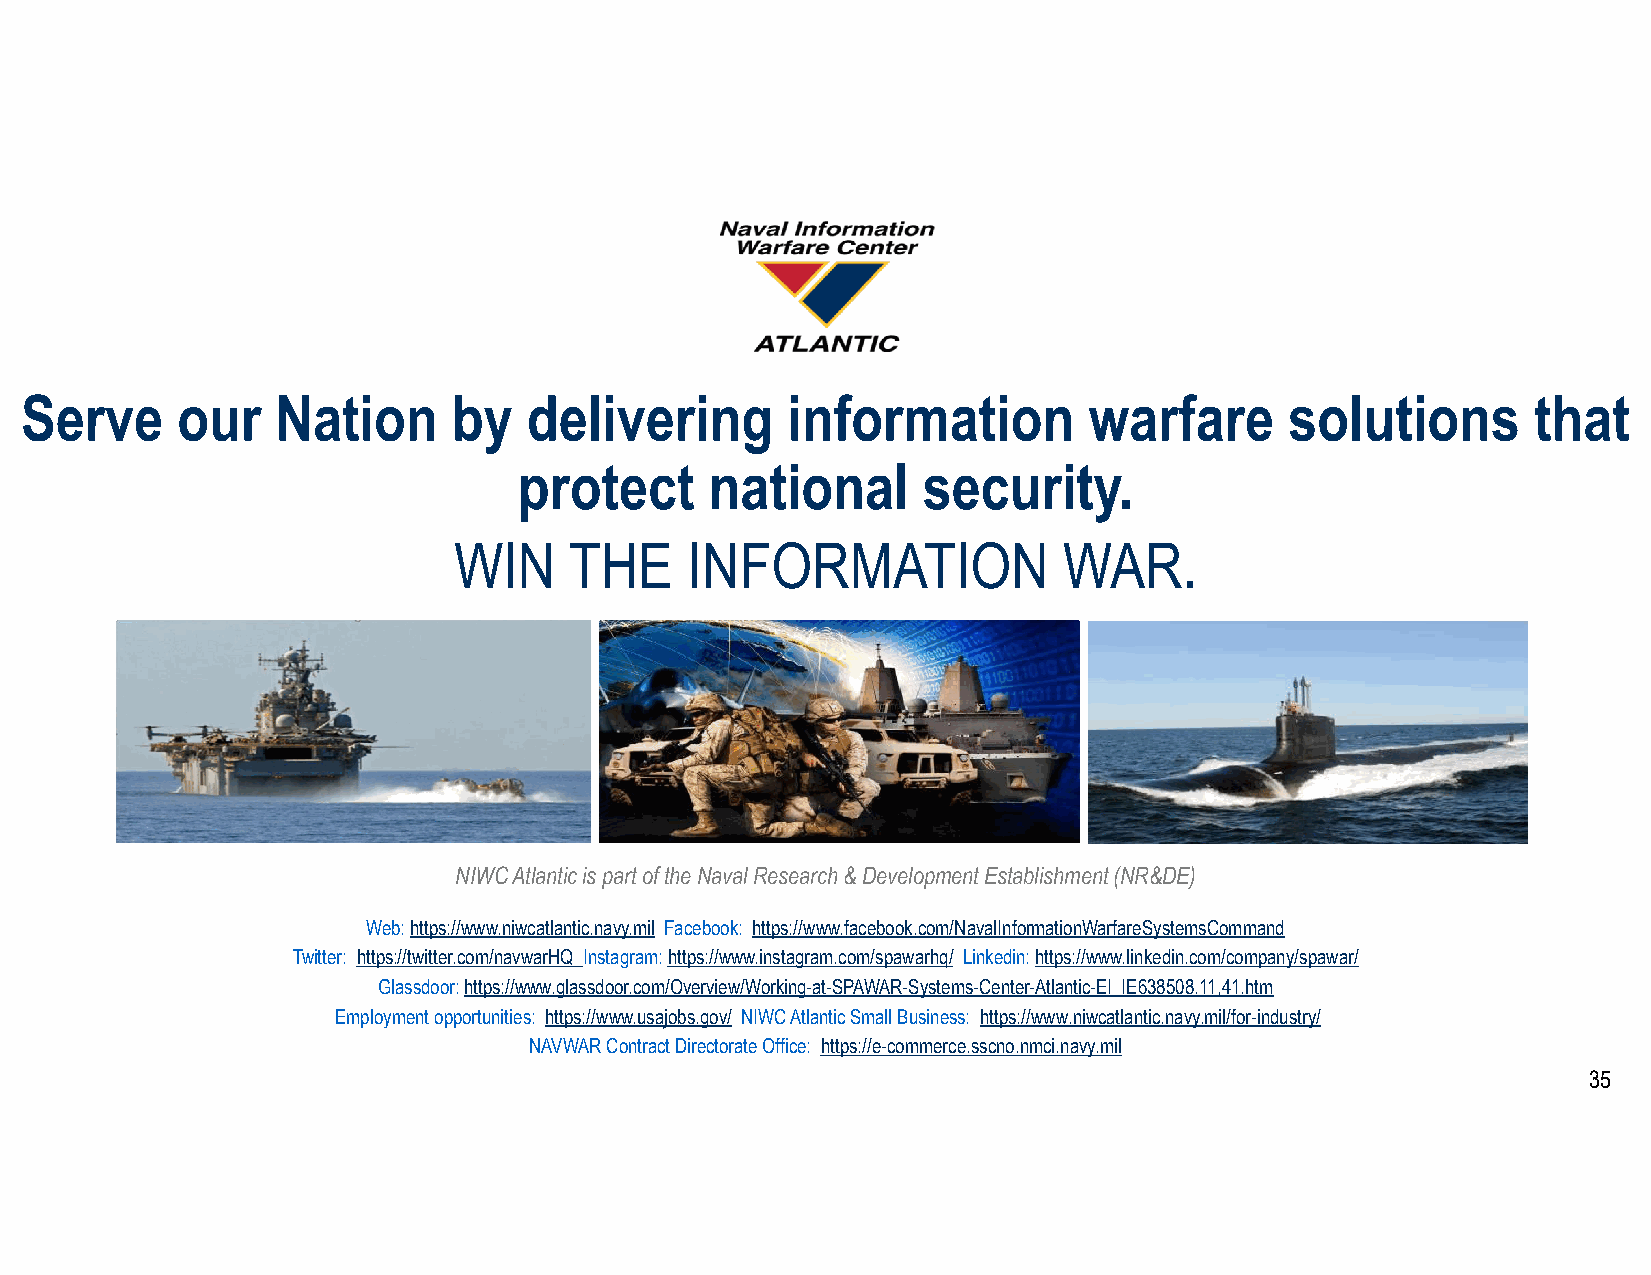
Serve      our   Nation      by   delivering       information         warfare      solutions        that
 protect      national      security.
 WIN     THE    INFORMATION              WAR.
 NIWC Atlantic is part of the Naval Research & Development Establishment (NR&DE)
 Web: https://www.niwcatlantic.navy.mil Facebook: https://www.facebook.com/NavalInformationWarfareSystemsCommand
 Twitter: https://twitter.com/navwarHQ Instagram: https://www.instagram.com/spawarhq/ Linkedin: https://www.linkedin.com/company/spawar/
 Glassdoor: https://www.glassdoor.com/Overview/Working-at-SPAWAR-Systems-Center-Atlantic-EI_IE638508.11,41.htm
 Employment opportunities: https://www.usajobs.gov/ NIWC Atlantic Small Business: https://www.niwcatlantic.navy.mil/for-industry/
 NAVWAR Contract Directorate Office: https://e-commerce.sscno.nmci.navy.mil
 35